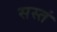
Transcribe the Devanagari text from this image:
सस्तं